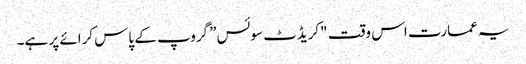
یہ عمارت اس وقت "کریڈٹ سوئس” گروپ کے پاس کرائے پر ہے۔